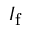
I _ { \mathrm { f } }